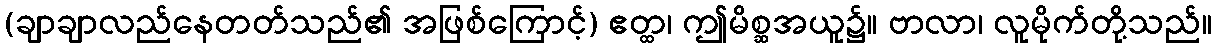
(ချာချာလည်နေတတ်သည်၏ အဖြစ်ကြောင့်) ဧတ္ထ၊ ဤမိစ္ဆအယူ၌။ ဗာလာ၊ လူမိုက်တို့သည်။